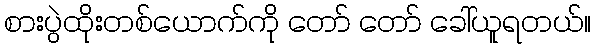
စားပွဲထိုးတစ်ယောက်ကို တော် တော် ခေါ်ယူရတယ်။